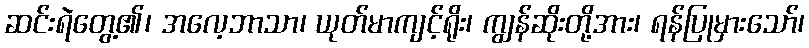
ဆင်းရဲတွေ့၏၊ အလေ့ဘာသာ၊ ယုတ်မာကျင့်ရိုး၊ ကျွန်ဆိုးတို့အား၊ ရန်ပြုမှားသော်၊